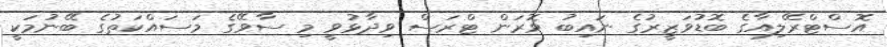
އޮސްޓްރޭލިއާގެ ބޮޑުވަޒީރުގެ ނައިބު ވޮރަން ޓްރަސް ވިދާޅުވީ މި ސާވޭގެ މަސައްކަތުގެ ބޭނުމަކީ